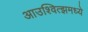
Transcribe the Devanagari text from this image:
आउश्वित्झमध्ये